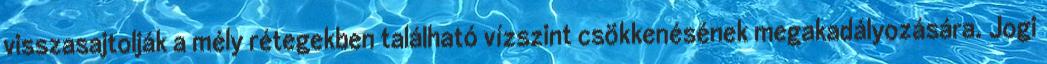
visszasajtolják a mély rétegekben található vízszint csökkenésének megakadályozására. Jogi